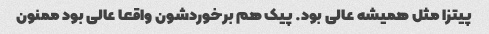
پیتزا مثل همیشه عالى بود. پیک هم برخوردشون واقعا عالى بود ممنون